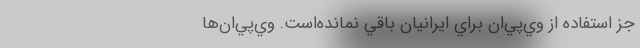
جز استفاده از وي‌پي‌ان براي ايرانيان باقي نمانده‌است. وي‌پي‌ان‌ها